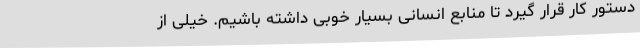
دستور کار قرار گیرد تا منابع انسانی بسیار خوبی داشته باشیم. خیلی از